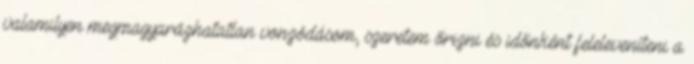
valamilyen megmagyarázhatatlan vonzódásom, szeretem őrizni és időnként feleleveníteni a